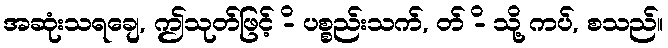
အဆုံးသရချေ, ဤသုတ်ဖြင့် -ိ ပစ္စည်းသက်, တ် -ိ သို့ ကပ်, စသည်။